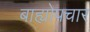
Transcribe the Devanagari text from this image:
बाह्योपचार